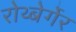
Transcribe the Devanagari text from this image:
रोथ्बेर्गेर